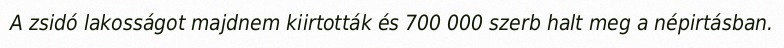
A zsidó lakosságot majdnem kiirtották és 700 000 szerb halt meg a népirtásban.